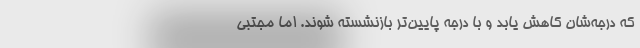
که درجه‌شان کاهش یابد و با درجه پایین‌تر بازنشسته شوند. اما مجتبی